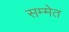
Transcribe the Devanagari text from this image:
सम्मेत